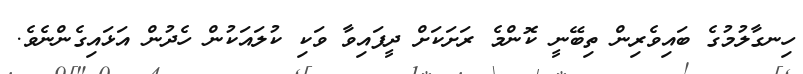
ހިނގާލުމުގެ ބައިވެރިން ތިބޭނީ ކޮންމެ ރަށަކަށް ދީފައިވާ ވަކި ކުލައަކުން ހެދުން އަޅައިގެންނެވެ.